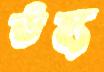
উহ্য